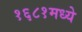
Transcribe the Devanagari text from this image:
१६८१मध्ये